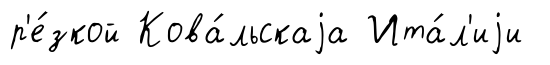
р'е́зкой Кова́льскаjа Ита́л'иjи